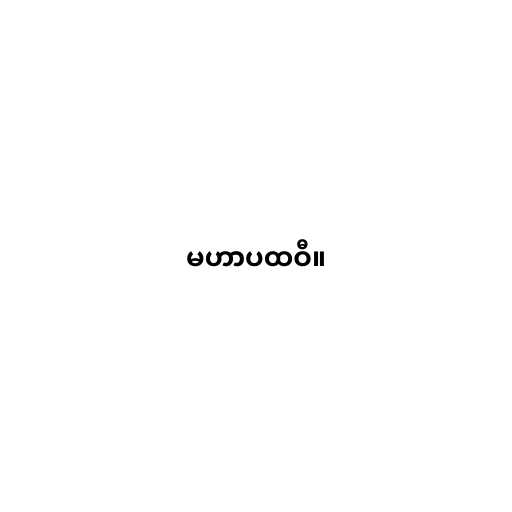
မဟာပထဝီ။